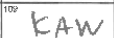
Transcription: KAW